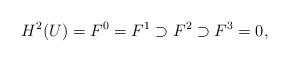
LaTeX: \begin{align*}H^2(U)=F^0=F^1 \supset F^2 \supset F^3=0,\end{align*}